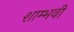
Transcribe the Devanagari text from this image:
शाम्भवी